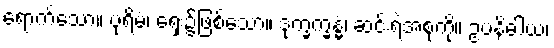
ရောက်သော။ ပုရိမံ၊ ရှေး၌ဖြစ်သော။ ဒုက္ခက္ခန္ဓံ၊ ဆင်းရဲအစုကို။ ဥပနိဓါယ၊